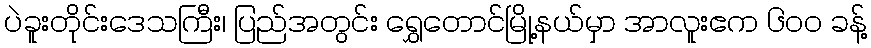
ပဲခူးတိုင်းဒေသကြီး၊ ပြည်အတွင်း ရွှေတောင်မြို့နယ်မှာ အာလူးဧက ၆၀၀ ခန့်